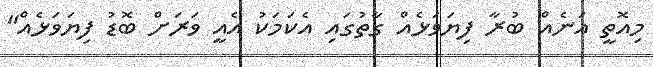
މިއޮތީ އަނެއް ބުރާ ފިޔަވަޅެއް ގާތުގައި އެކަމަކު އެއީ ވަރަށް ބޮޑު ފިޔަވަޅެއް"